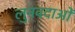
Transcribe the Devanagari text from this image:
लुनवदाओं